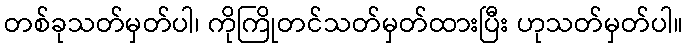
တစ်ခုသတ်မှတ်ပါ၊ ကိုကြိုတင်သတ်မှတ်ထားပြီး ဟုသတ်မှတ်ပါ။